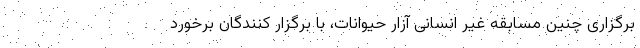
برگزاری چنین مسابقه غیر انسانی آزار حیوانات، با برگزار کنندگان برخورد